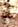
أو